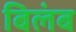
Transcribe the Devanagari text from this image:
बिलंब